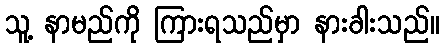
သူ့ နာမည်ကို ကြားရသည်မှာ နားခါးသည်။